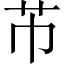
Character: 芇